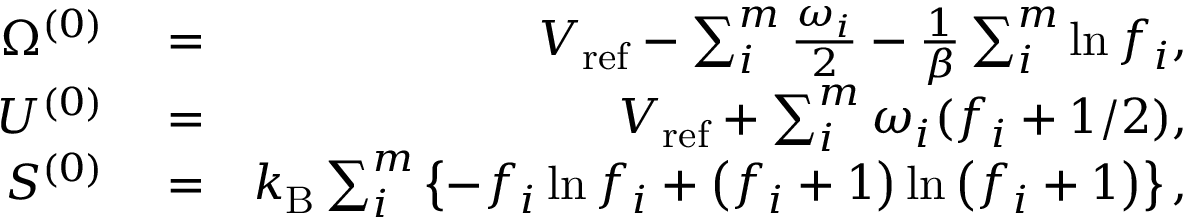
\begin{array} { r l r } { \Omega ^ { ( 0 ) } } & { { } = } & { V _ { \mathrm { r e f } } - \sum _ { i } ^ { m } \frac { \omega _ { i } } { 2 } - \frac { 1 } { \beta } \sum _ { i } ^ { m } \ln f _ { i } , } \\ { U ^ { ( 0 ) } } & { { } = } & { V _ { \mathrm { r e f } } + \sum _ { i } ^ { m } \omega _ { i } ( f _ { i } + 1 / 2 ) , } \\ { S ^ { ( 0 ) } } & { { } = } & { k _ { \mathrm { B } } \sum _ { i } ^ { m } \left\{ - f _ { i } \ln f _ { i } + \left( f _ { i } + 1 \right) \ln \left( f _ { i } + 1 \right) \right\} , } \end{array}